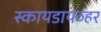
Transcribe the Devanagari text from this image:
स्कायडायव्हर